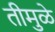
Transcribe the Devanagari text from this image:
तीमुळे